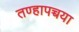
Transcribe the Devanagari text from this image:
तण्हापच्चया